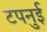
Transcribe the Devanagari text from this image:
टपनुई